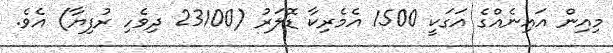
މިއިން އައިނެއްގެ އަގަކީ 1500 އެމެރިކާ ޑޮލަރު (23100 ދިވެހި ރުފިޔާ) އެވެ.